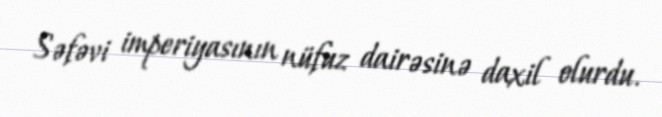
Səfəvi imperiyasının nüfuz dairəsinə daxil olurdu.